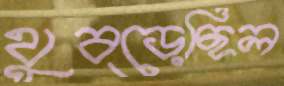
থুব্‌ড়েছিল